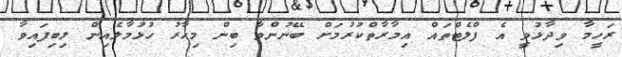
ރަހީމާ ވިދާޅުވީ އެ ފްލެޓްތައް އިމާރާތްކުރުމަށް ބޭނުންވާ ބިން މިހާރު ހުޅުމާލެއިން ލިބިފައިވާ